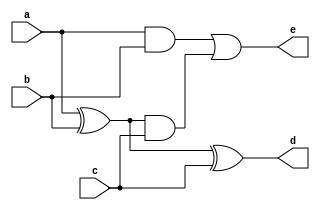
module Full_Adder(
    input a,
    input b,
    input c,
    output d,
    output e
    );
	 
	 wire w1;
	 wire w2;
	 wire w3;
	 
	 assign w1= a ^ b;
	 assign w2= a & b;
	 assign w3= w1 & c;
	 
	 assign d= w1 ^ c;
	 assign e= w2 | w3;
	 
endmodule